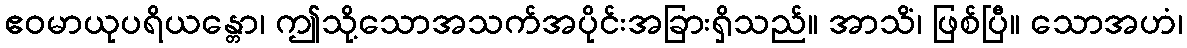
ဧဝမာယုပရိယန္တော၊ ဤသို့သောအသက်အပိုင်းအခြားရှိသည်။ အာသိံ၊ ဖြစ်ပြီ။ သောအဟံ၊